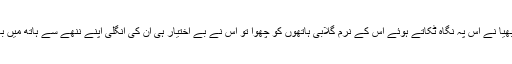
بڑے بھیا نے اس پہ نگاہ ٹکاتے ہوئے اس کے نرم گلابی ہاتھوں کو چھوا تو اس نے بے اختیار ہی ان کی انگلی اپنے ننھے سے ہاتھ میں بھر لی۔